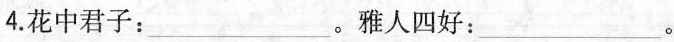
4.花中君子：___。雅人四好：___。